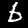
Label: 6